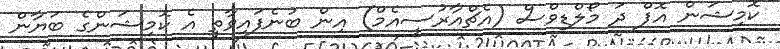
ކޮމިޝަން އޮފް ދަ މޯލްޑިވްސް (އެޗްއާރުސީއެމް) އިން ބުނެފައިވާތީ އެ ކޮމިޝަންގެ ބަޔާން